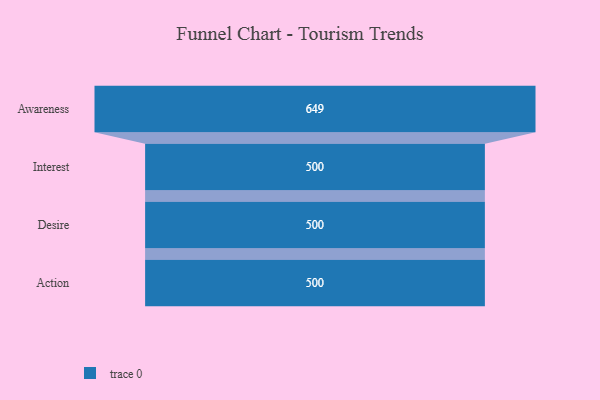
{"axis": {"x": "Stage", "y": "Value"}, "legend": [""], "data": [{"x": "Awareness", "y": 649.0, "type": ""}, {"x": "Interest", "y": 500, "type": ""}, {"x": "Desire", "y": 500, "type": ""}, {"x": "Action", "y": 500, "type": ""}]}